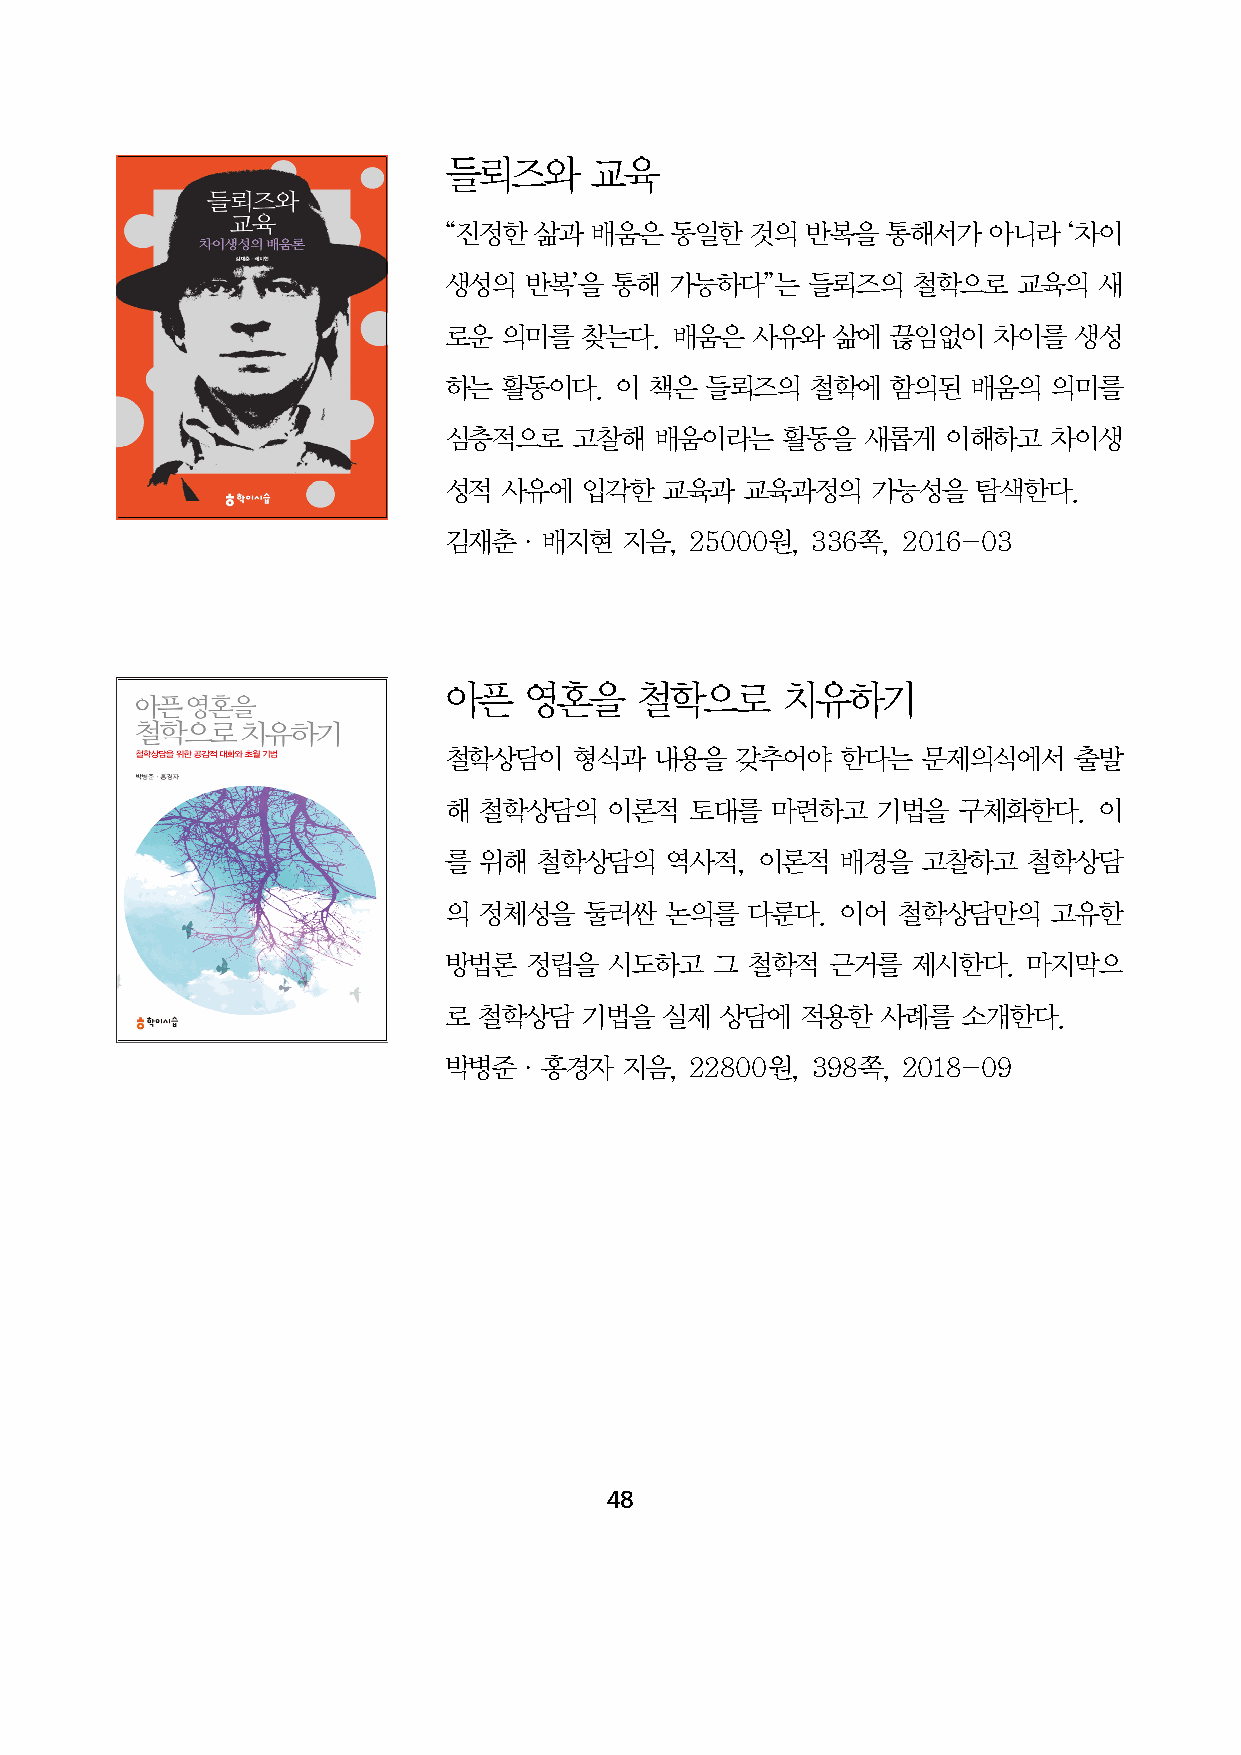
들뢰즈와      교육
 “진정한  삶과  배움은  동일한   것의 반복을   통해서가  아니라   ‘차이
 생성의   반복’을  통해 가능하다”는    들뢰즈의  철학으로   교육의   새
 로운  의미를  찾는다.   배움은  사유와  삶에  끊임없이   차이를  생성
 하는  활동이다.   이 책은  들뢰즈의   철학에  함의된  배움의   의미를
 심층적으로    고찰해  배움이라는    활동을  새롭게   이해하고   차이생
 성적  사유에   입각한  교육과  교육과정의    가능성을   탐색한다.
 김재춘·배지현     지음,  25000원, 336쪽, 2016-03
 아픈    영혼을    철학으로      치유하기
 철학상담이    형식과  내용을   갖추어야   한다는  문제의식에서    출발
 해  철학상담의   이론적   토대를  마련하고   기법을  구체화한다.    이
 를  위해  철학상담의   역사적,  이론적   배경을  고찰하고   철학상담
 의  정체성을   둘러싼  논의를  다룬다.   이어 철학상담만의     고유한
 방법론   정립을  시도하고   그 철학적   근거를  제시한다.   마지막으
 로  철학상담   기법을  실제  상담에  적용한  사례를   소개한다.
 박병준·홍경자     지음,  22800원, 398쪽, 2018-09
 48